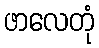
ဖာလေတုံ